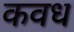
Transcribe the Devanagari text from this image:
कवध